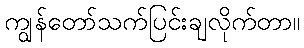
ကျွန်တော်သက်ပြင်းချလိုက်တာ။